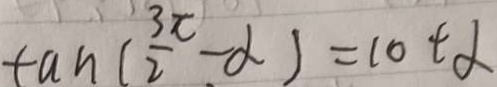
\tan ( \frac { 3 \pi } { 2 } - \alpha ) = \cot \alpha